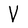
Character: V